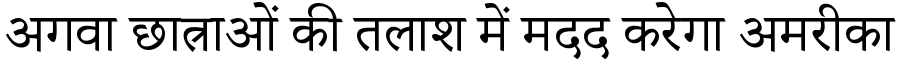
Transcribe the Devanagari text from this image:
अगवा छात्राओं की तलाश में मदद करेगा अमरीका